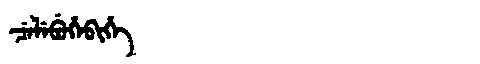
Manchu: ᠴᡝᠯᡝᠪᡠᡥᡝᠪᡳᡥᡝ
Romanization: CELEBUHEBIHE